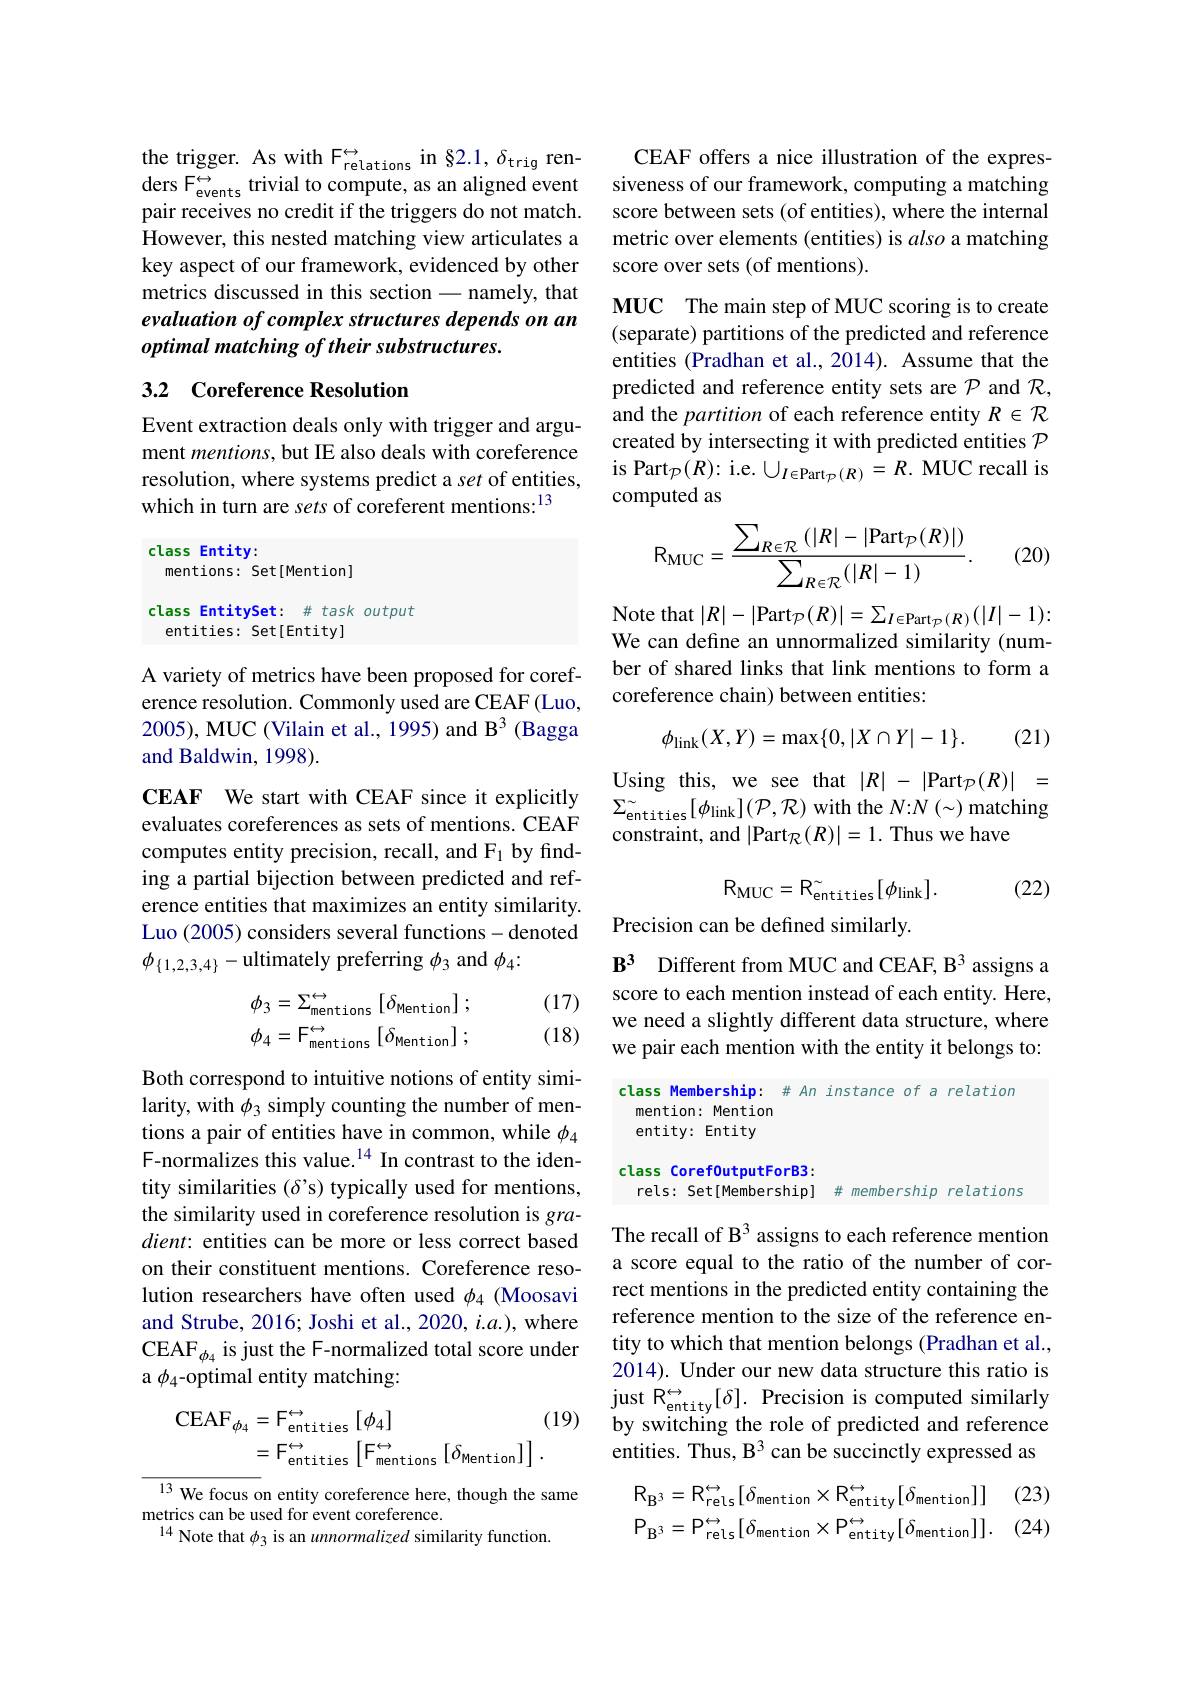
the trigger. As with $F_{\mathrm{relations}}^{\leftrightarrow}$ in $\S2.1,\delta_{\mathrm{trig}}$ ren- $\operatorname*{ders}_{.}^{\leftrightarrow}$trivial to compute, as an aligned event pair receives no credit if the triggers do not match. However, this nested matching view articulates a key aspect of our framework, evidenced by other metrics discussed in this section -namely, that evaluation of complex structures depends on an optimal matching of their substructures.

## 3.2 Coreference Resolution

Event extraction deals only with trigger and argument mentions, but IE also deals with coreference resolution, where systems predict a set of entities, which in turn are sets of coreferent mentions:$^{13}$

class Entity:

mentions: Set[Mention]

class EntitySet: # task output

entities: Set[Entity]

A variety of metrics have been proposed for coreference resolution. Commonly used are CEAF (Luo, 2005), MUC (Vilain et al., 1995) and B$^{3}$ (Bagga and Baldwin, 1998).

CEAF We start with CEAF since it explicitly evaluates coreferences as sets of mentions. CEAF computes entity precision, recall, and F1 by finding a partial bijection between predicted and reference entities that maximizes an entity similarity. Luo (2005) considers several functions- denoted $\phi_{\{1,2,3,4\}}-$ultimately preferring $\phi_3$ and $\phi_4:$

(17) (18)
$$\phi_{3}=\Sigma_{\mathrm{mentions}}^{\leftrightarrow}\left[\delta_{\mathrm{Mention}}\right];\\\phi_{4}=\mathrm{F}_{\mathrm{mentions}}^{\leftrightarrow}\left[\delta_{\mathrm{Mention}}\right];$$
Both correspond to intuitive notions of entity similarity, with $\phi_3$ simply counting the number of mentions a pair of entities have in common, while $\phi_4$ F-normalizes this value.$^{14}$ In contrast to the identity similarities (δ's) typically used for mentions, the similarity used in coreference resolution is gra- $dient:$ entities can be more or less correct based on their constituent mentions. Coreference resolution researchers have often used $\phi_{4}$ (Moosavi and Strube, 2016; Joshi et al., 2020, $i.a.)$, where $\mathrm{CEAF}_{\phi_{4}}$ is just the F-normalized total score under a $\phi_{4}$-optimal entity matching:
$$\begin{aligned}\mathrm{CEAF}_{\phi_{4}}&=\mathrm{F}_{\mathrm{entities}}^{\leftrightarrow}\left[\phi_{4}\right]\\&=\mathrm{F}_{\mathrm{entities}}^{\leftrightarrow}\left[\mathrm{F}_{\mathrm{mentions}}^{\leftrightarrow}\left[\delta_{\mathrm{Mention}}\right]\right].\end{aligned}$$
${\frac{13\text{ We focus on entity coreference here, though the same}}}$
metrics can be used for event coreference.
$^{14}$ Note that $\phi_3$ is an unnormalized similarity function.

CEAF offers a nice illustration of the expressiveness of our framework, computing a matching score between sets (of entities), where the internal metric over elements (entities) is also a matching score over sets (of mentions).

MUC The main step of MUC scoring is to create (separate) partitions of the predicted and reference entities (Pradhan et al., 2014). Assume that the predicted and reference entity sets are $\mathcal{P}$ and $\mathcal{R}$, and the partition of each reference entity $R\in\mathcal{R}$ created by intersecting it with predicted entities $\mathcal{P}$ is Part$_\mathcal{P}(R):$i.e. $\cup_I\in\mathrm{Part}_{\mathcal{P}}(R)=R.$ MUC recall is computed as

(20)
$$\text{RMUC}=\frac{\sum_{R\in\mathcal{R}}(|R|-|\text{Part}_{\mathcal{P}}(R)|)}{\sum_{R\in\mathcal{R}}(|R|-1)}.$$
Note that $|R|-|\mathrm{Part}_{\mathcal{P}}(R)|=\sum_{I\in\mathrm{Part}_{\mathcal{P}}(R)}(|I|-1):$ We can define an unnormalized similarity (num-

ber of shared links that link mentions to form a
coreference chain) between entities:

(21)
$$\phi_{\mathrm{link}}(X,Y)=\max\{0,|X\cap Y|-1\}.$$
Using this, we see that $|R|-|$Part$_\mathcal{P}(R)|=$ $\Sigma _{\mathrm{entities}}^{\sim }[ \phi _{\mathrm{link}}] ( \mathcal{P} , \mathcal{R} )$ with the $N{:}N\left(\sim\right)$matching constraint, and $|\mathrm{Part}_{\mathcal{R}}(R)|=1.$ Thus we have
$$\mathrm{R_{MUC}}=\mathrm{R_{entities}}[\phi_{\mathrm{link}}].$$
(22)

Precision can be defined similarly.

$\mathbf{B} ^3$ Different from MUC and CEAF, B$^3$ assigns score to each mention instead of each entity. Here, we need a slightly different data structure, where we pair each mention with the entity it belongs to:

class Membership: # An instance of a relation
mention: Mention entity: Entity

class Coref0utputForB3:
rels: Set[Membership] # membership relations

The recall of B$^{3}$ assigns to each reference mention a score equal to the ratio of the number of correct mentions in the predicted entity containing the reference mention to the size of the reference entity to which that mention belongs (Pradhan et al., 2014). Under our new data structure this ratio is by switching the role of predicted and reference entities. Thus, B$^3$ can be succinctly expressed as

(23) (24)
$$\mathrm{R}_{\mathrm{B}^{3}}=\mathrm{R}_{\mathrm{rels}}^{\leftrightarrow}[\delta_{\mathrm{mention}}\times\mathrm{R}_{\mathrm{entity}}^{\leftrightarrow}[\delta_{\mathrm{mention}}]]\\\mathrm{P}_{\mathrm{B}^{3}}=\mathrm{P}_{\mathrm{rels}}^{\leftrightarrow}[\delta_{\mathrm{mention}}\times\mathrm{P}_{\mathrm{entity}}^{\leftrightarrow}[\delta_{\mathrm{mention}}]].$$